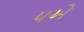
૫એ